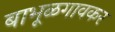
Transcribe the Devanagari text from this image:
बाभूळगावकर